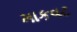
માકવટ